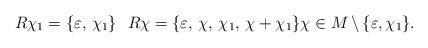
LaTeX: \begin{align*} R\chi_1=\{\varepsilon,\,\chi_1\}\ \ R\chi=\{\varepsilon,\,\chi,\,\chi_1,\,\chi+\chi_1\} \chi\in M\,\backslash\,\{\varepsilon,\chi_1\}. \end{align*}